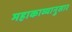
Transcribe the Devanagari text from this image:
महाकाव्यानुसार